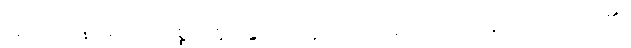
အာယတန၊ ဓာတ်၊ သစ္စာ၊ ဣန္ဒြေတို့၌ သွင်းပြ၍ အကျယ်ဝေဖန်၍ ဟောထား၏။